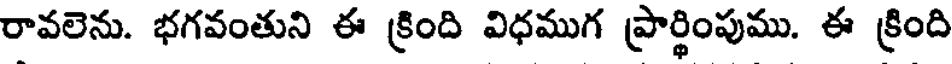
రావలెను. భగవంతుని ఈ క్రింది విధముగ ప్రార్థింపుము. ఈ క్రింది